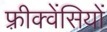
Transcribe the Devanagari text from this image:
फ़्रीक्वेंसियों